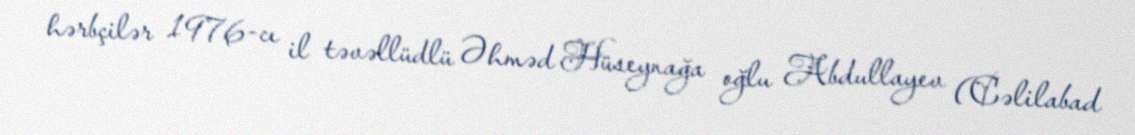
hərbçilər 1976-cı il təvəllüdlü Əhməd Hüseynağa oğlu Abdullayev (Cəlilabad